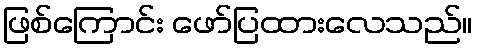
ဖြစ်ကြောင်း ဖော်ပြထားလေသည်။